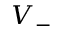
V _ { - }